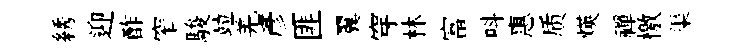
綉迎酢窄駿竝羌彥匪翼穿林富呌惠质煐禪檄渠